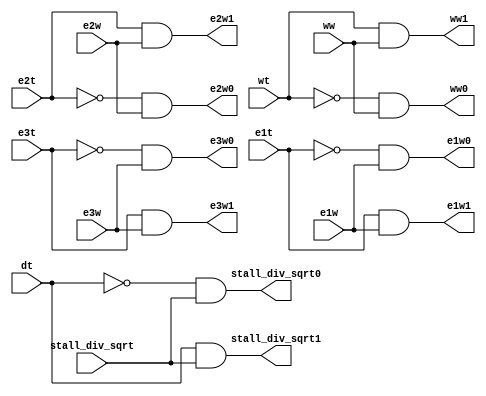
module FPU_demux_2_threading (dt,e1t,e2t,e3t,wt,stall_div_sqrt,e1w,e2w,e3w,ww,stall_div_sqrt0,e1w0,e2w0,e3w0,ww0,stall_div_sqrt1,e1w1,e2w1,e3w1,ww1);
    input dt,e1t,e2t,e3t,wt;
    input stall_div_sqrt,e1w,e2w,e3w,ww;
    output stall_div_sqrt0,e1w0,e2w0,e3w0,ww0,stall_div_sqrt1,e1w1,e2w1,e3w1,ww1;

    assign stall_div_sqrt1=dt&stall_div_sqrt;
    assign stall_div_sqrt0=~dt&stall_div_sqrt;
    assign e1w1=e1t&e1w;
    assign e1w0=~e1t&e1w;
    assign e2w1=e2t&e2w;
    assign e2w0=~e2t&e2w;
    assign e3w1=e3t&e3w;
    assign e3w0=~e3t&e3w;
    assign ww1=wt&ww;
    assign ww0=~wt&ww;
endmodule